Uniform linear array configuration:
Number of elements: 24
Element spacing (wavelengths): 1
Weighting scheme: uniform
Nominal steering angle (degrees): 60
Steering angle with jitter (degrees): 59.302
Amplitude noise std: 0.05
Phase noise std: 0.05

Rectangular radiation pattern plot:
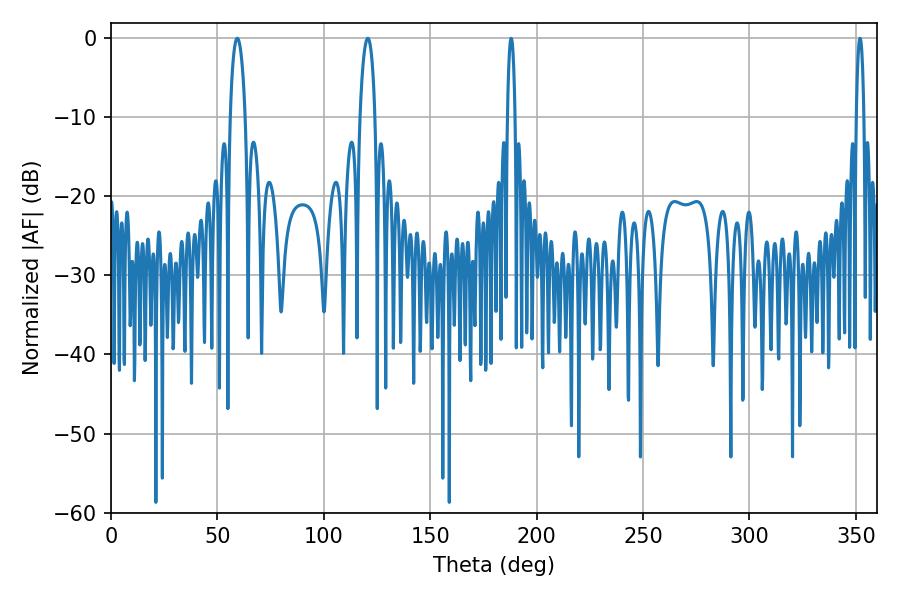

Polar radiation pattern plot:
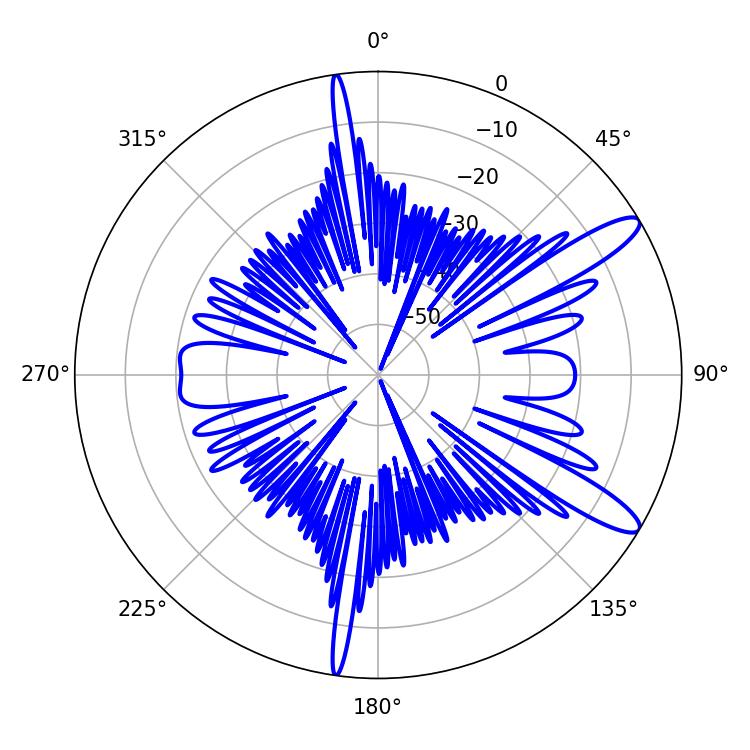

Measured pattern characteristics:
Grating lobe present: TRUE
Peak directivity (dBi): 12.07
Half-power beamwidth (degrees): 3.96
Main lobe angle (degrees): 59.4